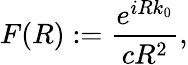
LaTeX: F(R):=\frac{e^{iRk_{0}}}{cR^{2}},